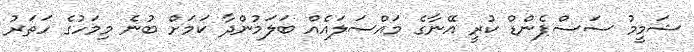
ޝަމީމު ސަސްޕެންޑް ކުރީ އޭނާގެ މައްސަލައެއް ބަލަމުންދާ ކަމަށް ބުނެ މިމަހުގެ ހަތަރު